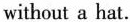
without a hat.